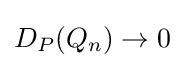
D_{P}(Q_{n})\rightarrow 0